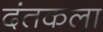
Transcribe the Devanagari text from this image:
दंतकला